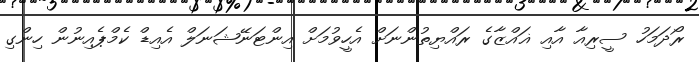
ރޯދަމަހު ސީރިއާ އާއި ޣައްޒާގެ ރައްޔިތުންނަށް އެހީވުމަށް އިންޓަނޭޝަނަލް އެއިޑް ކެމްޕެއިނުން ހިންގި